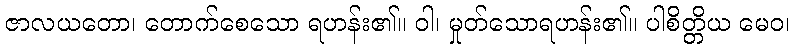
ဇာလယတော၊ တောက်စေသော ရဟန်း၏။ ဝါ၊ မှုတ်သောရဟန်း၏။ ပါစိတ္တိယ မေဝ၊